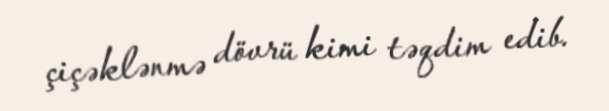
çiçəklənmə dövrü kimi təqdim edib.